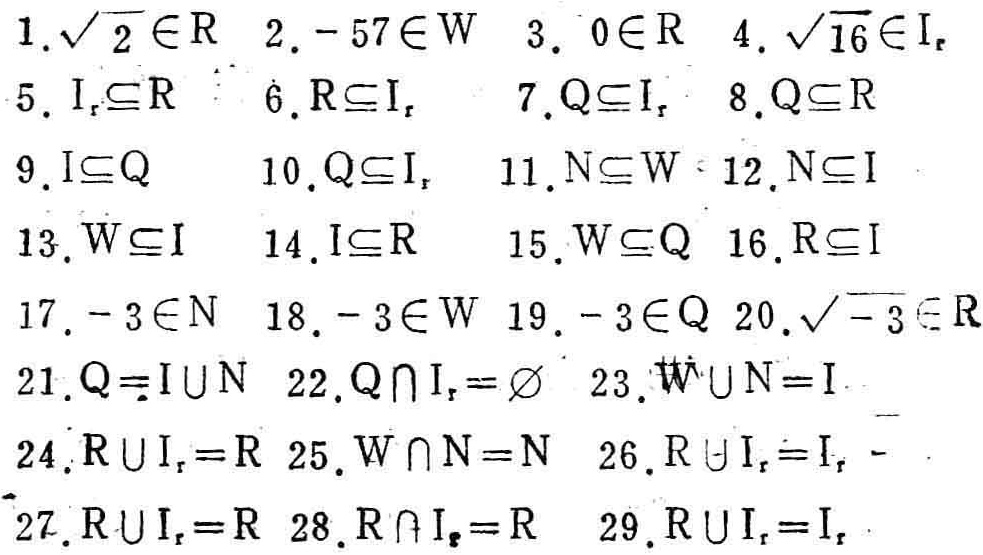
1. $\sqrt{2} \in \mathbb{R}$  2. $-57 \in \mathbb{W}$  3. $0 \in \mathbb{R}$  4. $\sqrt{16} \in \mathbb{I}_r$
5. $\mathbb{I}_r\subseteq\mathbb{R}$  6. $\mathbb{R}\subseteq\mathbb{I}_r$  7. $\mathbb{Q}\subseteq\mathbb{I}_r$  8. $\mathbb{Q}\subseteq\mathbb{R}$
9. $\mathbb{I}\subseteq\mathbb{Q}$  10. $\mathbb{Q}\subseteq\mathbb{I}_r$  11. $\mathbb{N}\subseteq\mathbb{W}$  12. $\mathbb{N}\subseteq\mathbb{I}$
13. $\mathbb{W}\subseteq\mathbb{I}$  14. $\mathbb{I}\subseteq\mathbb{R}$  15. $\mathbb{W}\subseteq\mathbb{Q}$  16. $\mathbb{R}\subseteq\mathbb{I}$
17. $-3 \in \mathbb{N}$  18. $-3 \in \mathbb{W}$  19. $-3 \in \mathbb{Q}$  20. $\sqrt{-3} \in \mathbb{R}$
21. $\mathbb{Q}=\mathbb{I}\cup\mathbb{N}$  22. $\mathbb{Q}\cap\mathbb{I}_r = \varnothing$  23. $\mathbb{W}\cup\mathbb{N}=\mathbb{I}$
24. $\mathbb{R}\cup\mathbb{I}_r=\mathbb{R}$  25. $\mathbb{W}\cap\mathbb{N}=\mathbb{N}$  26. $\mathbb{R}\cup\mathbb{I}_r=\mathbb{I}_r$
27. $\mathbb{R}\cup\mathbb{I}_r=\mathbb{R}$  28. $\mathbb{R}\cap\mathbb{I}_r=\mathbb{R}$  29. $\mathbb{R}\cup\mathbb{I}_r=\mathbb{I}_r$